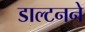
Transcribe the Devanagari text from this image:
डाल्टनने